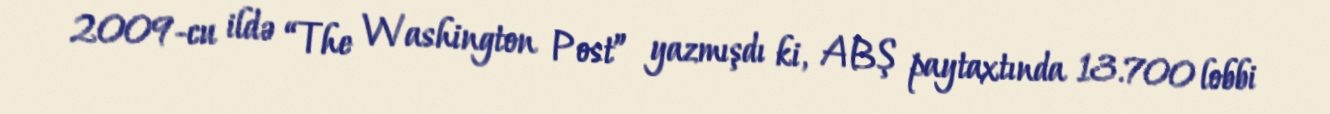
2009-cu ildə “The Washington Post” yazmışdı ki, ABŞ paytaxtında 13.700 lobbi